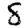
Digit: 8